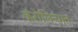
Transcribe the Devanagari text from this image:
कॅरोलिन्यात